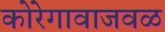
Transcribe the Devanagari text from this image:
कोरेगावाजवळ